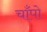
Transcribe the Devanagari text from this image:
चाँपो